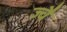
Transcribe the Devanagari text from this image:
ज्‍वै